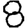
Digit: 8